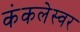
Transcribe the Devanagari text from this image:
कंकलेस्वर